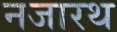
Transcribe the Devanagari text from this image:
नजारथ